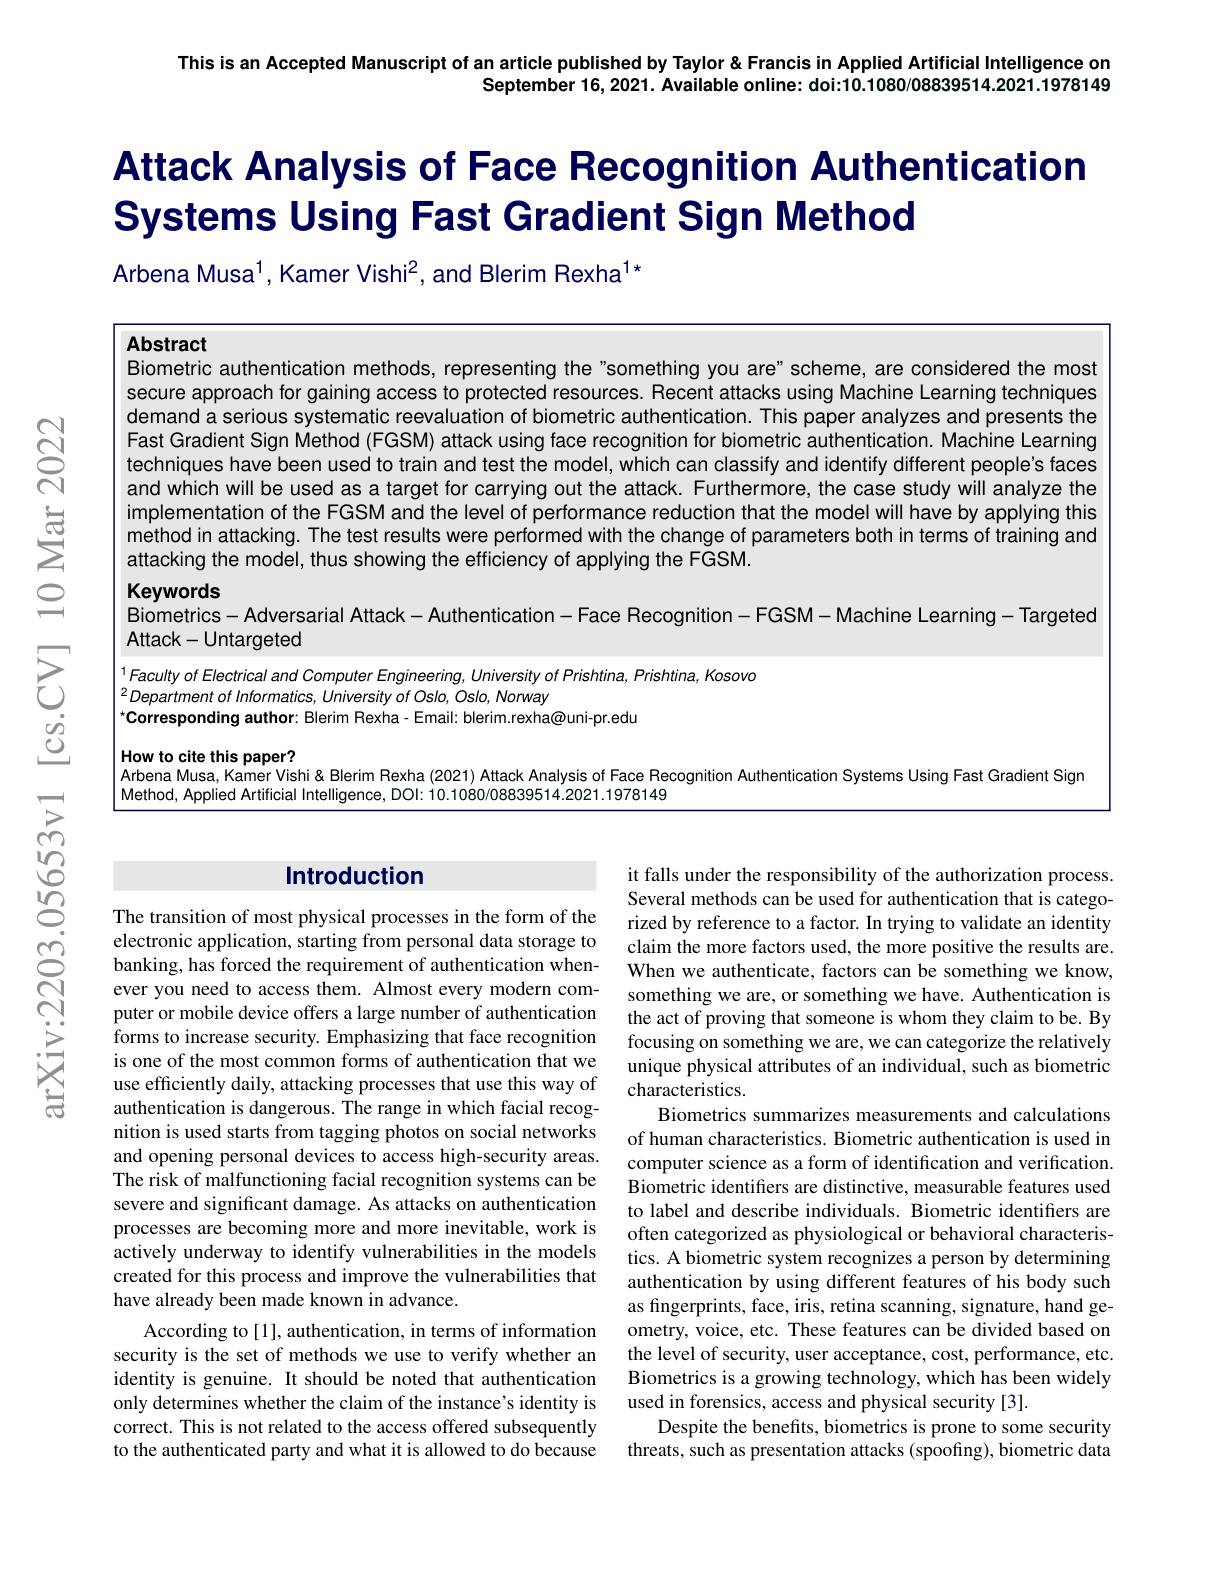
This is an Accepted Manuscript of an article published by Taylor &Francis in Applied Artificial Intelligence on
September 16, 2021. Available online: doi:10.1080/08839514.2021.1978149

# Attack Analysis of Face Recognition Authentication Systems Using Fast Gradient Sign Method

Arbena Musa$^{1}$, Kamer Vishi$^2$, and Blerim Rexha$^{1*}$

Abstract
Biometric authentication methods, representing the"something you are" scheme, are considered the most

$ଟ୍ରି$

secure approach for gaining access to protected resources. Recent attacks using Machine Learning techniques demand a serious systematic reevaluation of biometric authentication. This paper analyzes and presents the Fast Gradient Sign Method (FGSM) attack using face recognition for biometric authentication. Machine Learning techniques have been used to train and test the model, which can classify and identify different people's faces and which will be used as a target for carrying out the attack. Furthermore, the case study will analyze the implementation of the FGSM and the level of performance reduction that the model will have by applying this method in attacking. The test results were performed with the change of parameters both in terms of training and attacking the model, thus showing the efficiency of applying the FGSM.

Keywords

$은$

Biometrics- Adversarial Attack- Authentication- Face Recognition- FGSM- Machine Learning- Targeted

Attack- Untargeted
元
<table>
	<tbody>
		<tr>
			<td> </td>
			<td>culty of Electrical and Computer Engineering, University of Prishtina, Prishtina, Kosovo $partmentofInformatics,UniversityofOslo,Oslo,Norway$ rresponding author: Blerim Rexha- Email: blerim.rexha@uni-pr.edu</td>
		</tr>
		<tr>
			<td> </td>
			<td>ena Musa, Kamer Vishi& Blerim Rexha (2021) Attack Analysis of Face Recognition Authentication Systems Using Fast Gradient Sig hod, Applied A DOl:101080/0883 1978140</td>
		</tr>
	</tbody>
</table>

05653v1

### Introduction

$స్లొ$

意

it falls under the responsibility of the authorization process. Several methods can be used for authentication that is categorized by reference to a factor. In trying to validate an identity claim the more factors used, the more positive the results are. When we authenticate, factors can be something we know, something we are, or something we have. Authentication is the act of proving that someone is whom they claim to be. By focusing on something we are, we can categorize the relatively unique physical attributes of an individual, such as biometric characteristics.
Biometrics summarizes measurements and calculations of human characteristics. Biometric authentication is used in computer science as a form of identification and verification. Biometric identifiers are distinctive, measurable features used to label and describe individuals. Biometric identifiers are often categorized as physiological or behavioral characteristics. A biometric system recognizes a person by determining authentication by using different features of his body such as fingerprints, face, iris, retina scanning, signature, hand geometry, voice, etc. These features can be divided based on the level of security, user acceptance, cost, performance, etc. Biometrics is a growing technology, which has been widely used in forensics, access and physical security [3].
Despite the benefits, biometrics is prone to some security threats, such as presentation attacks (spoofing), biometric data

The transition of most physical processes in the form of the electronic application, starting from personal data storage to banking, has forced the requirement of authentication whenever you need to access them. Almost every modern computer or mobile device offers a large number of authentication forms to increase security. Emphasizing that face recognition is one of the most common forms of authentication that we use efficiently daily, attacking processes that use this way of authentication is dangerous. The range in which facial recognition is used starts from tagging photos on social networks and opening personal devices to access high-security areas. The risk of malfunctioning facial recognition systems can be severe and significant damage. As attacks on authentication processes are becoming more and more inevitable, work is actively underway to identify vulnerabilities in the models created for this process and improve the vulnerabilities that have already been made known in advance.
According to [1], authentication, in terms of information security is the set of methods we use to verify whether an identity is genuine. It should be noted that authentication only determines whether the claim of the instance's identity is correct. This is not related to the access offered subsequently to the authenticated party and what it is allowed to do because